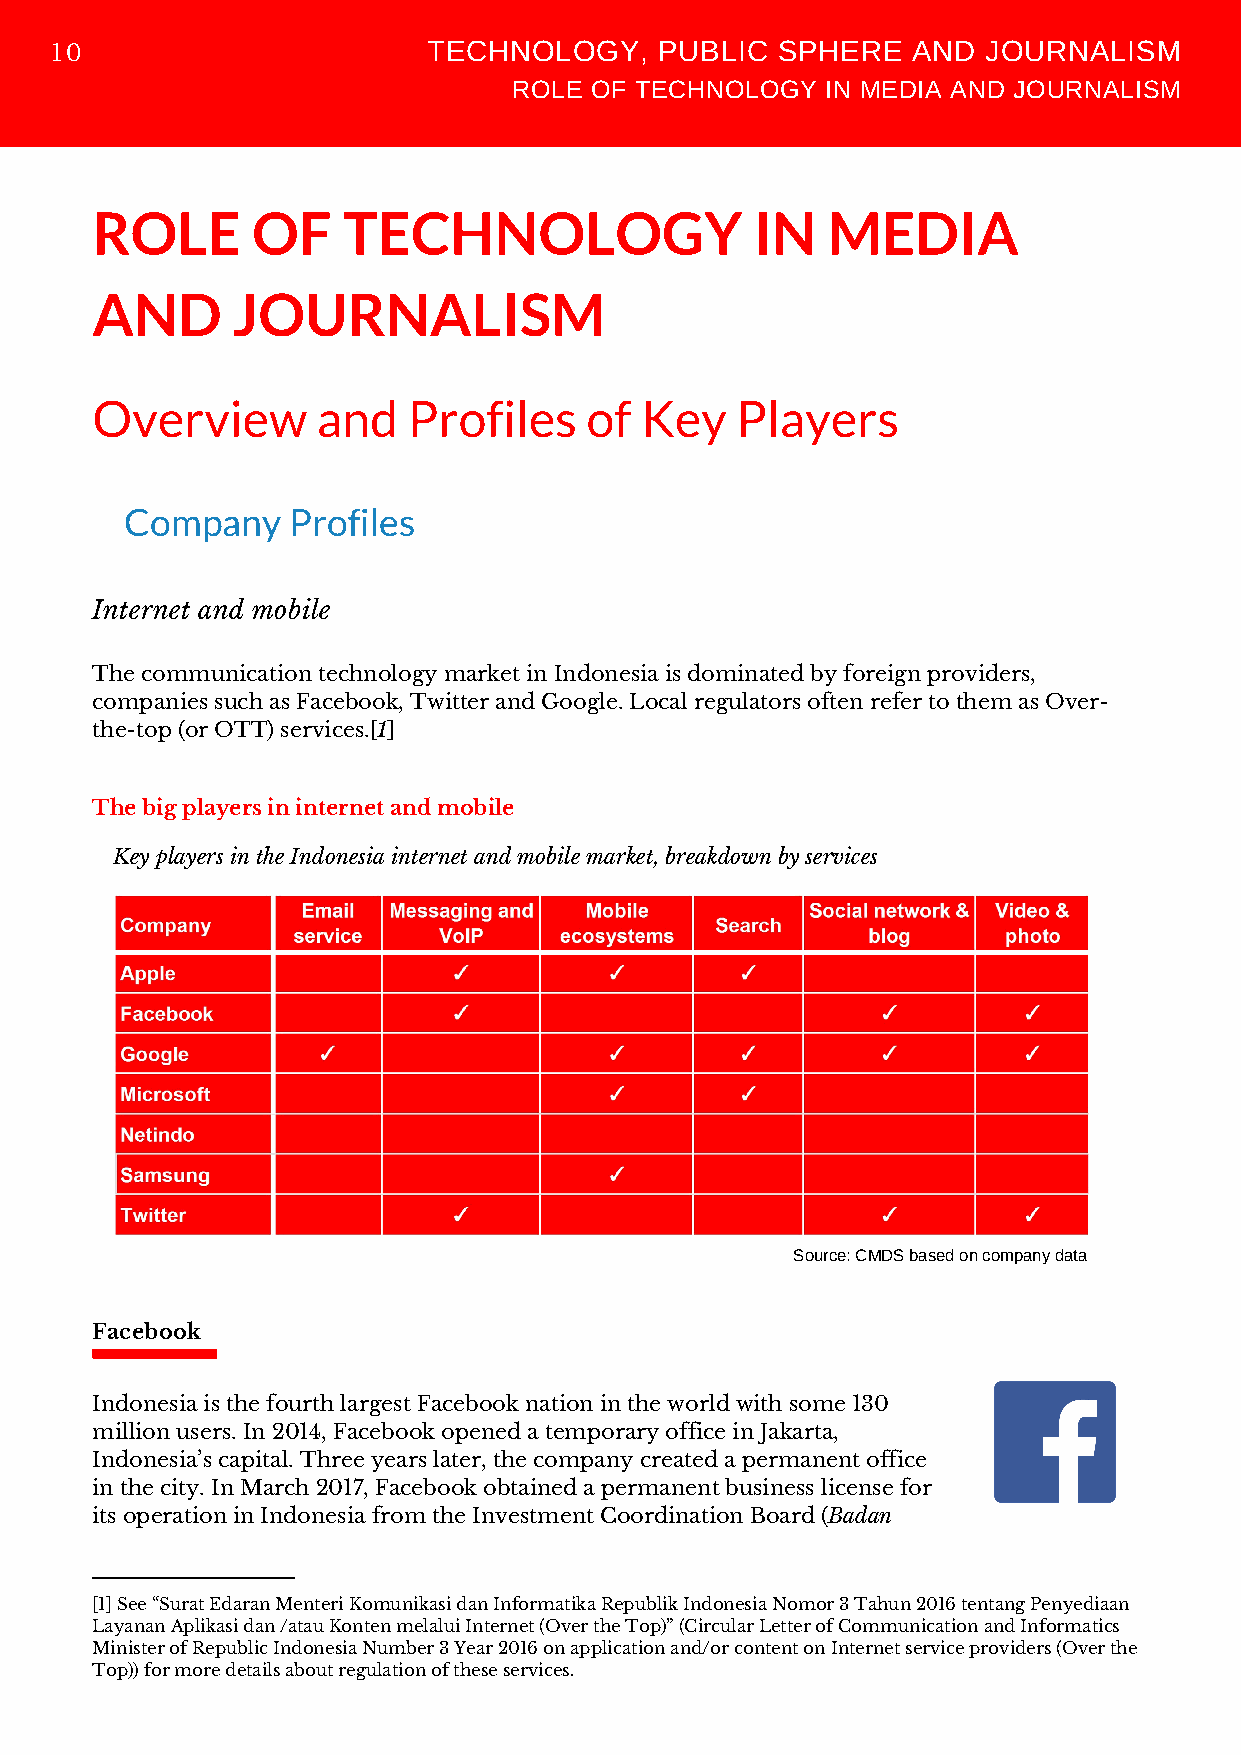
TECHNOLOGY,     PUBLIC SPHERE   AND  JOURNALISM
 10
 ROLE OF TECHNOLOGY   IN MEDIA AND JOURNALISM
 ROLE       OF    TECHNOLOGY                 IN   MEDIA
 AND      JOURNALISM
 Overview       and   Profiles    of Key    Players
 Company    Profiles
 Internet and mobile
 The communication technology market in Indonesia is dominated by foreign providers,
 companies such as Facebook, Twitter and Google. Local regulators often refer to them as Over-
 the-top (or OTT) services.[1]
 The big players in internet and mobile
 Key players in the Indonesia internet and mobile market, breakdown by services
 Source: CMDS based on company data
 Facebook
 Indonesia is the fourth largest Facebook nation in the world with some 130
 million users. In 2014, Facebook opened a temporary office in Jakarta,
 Indonesia’s capital. Three years later, the company created a permanent office
 in the city. In March 2017, Facebook obtained a permanent business license for
 its operation in Indonesia from the Investment Coordination Board (Badan
 [1] See “Surat Edaran Menteri Komunikasi dan Informatika Republik Indonesia Nomor 3 Tahun 2016 tentang Penyediaan
 Layanan Aplikasi dan /atau Konten melalui Internet (Over the Top)” (Circular Letter of Communication and Informatics
 Minister of Republic Indonesia Number 3 Year 2016 on application and/or content on Internet service providers (Over the
 Top)) for more details about regulation of these services.